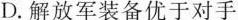
D.解放军装备优于对手